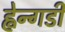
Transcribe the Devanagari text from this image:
ह्वेन्गडी